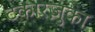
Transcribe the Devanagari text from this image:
टकारज़ुका